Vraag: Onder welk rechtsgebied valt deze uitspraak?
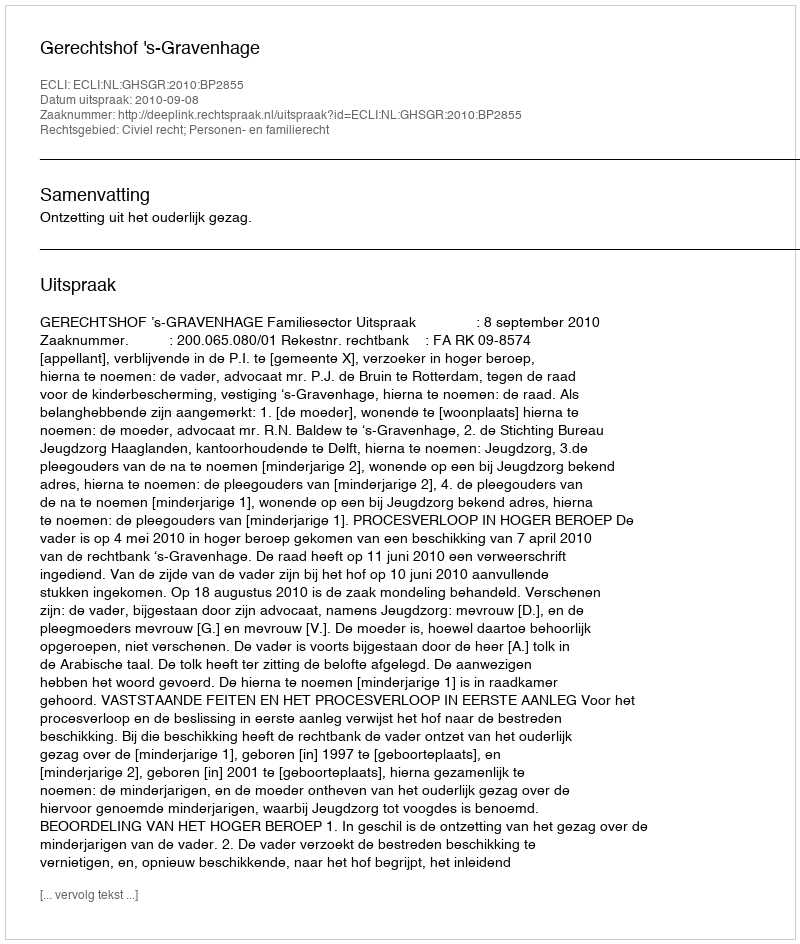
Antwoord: Civiel recht; Personen- en familierecht